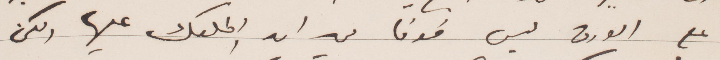
على الورق ليس خوفًا من ان اكلمك عنها ولكن